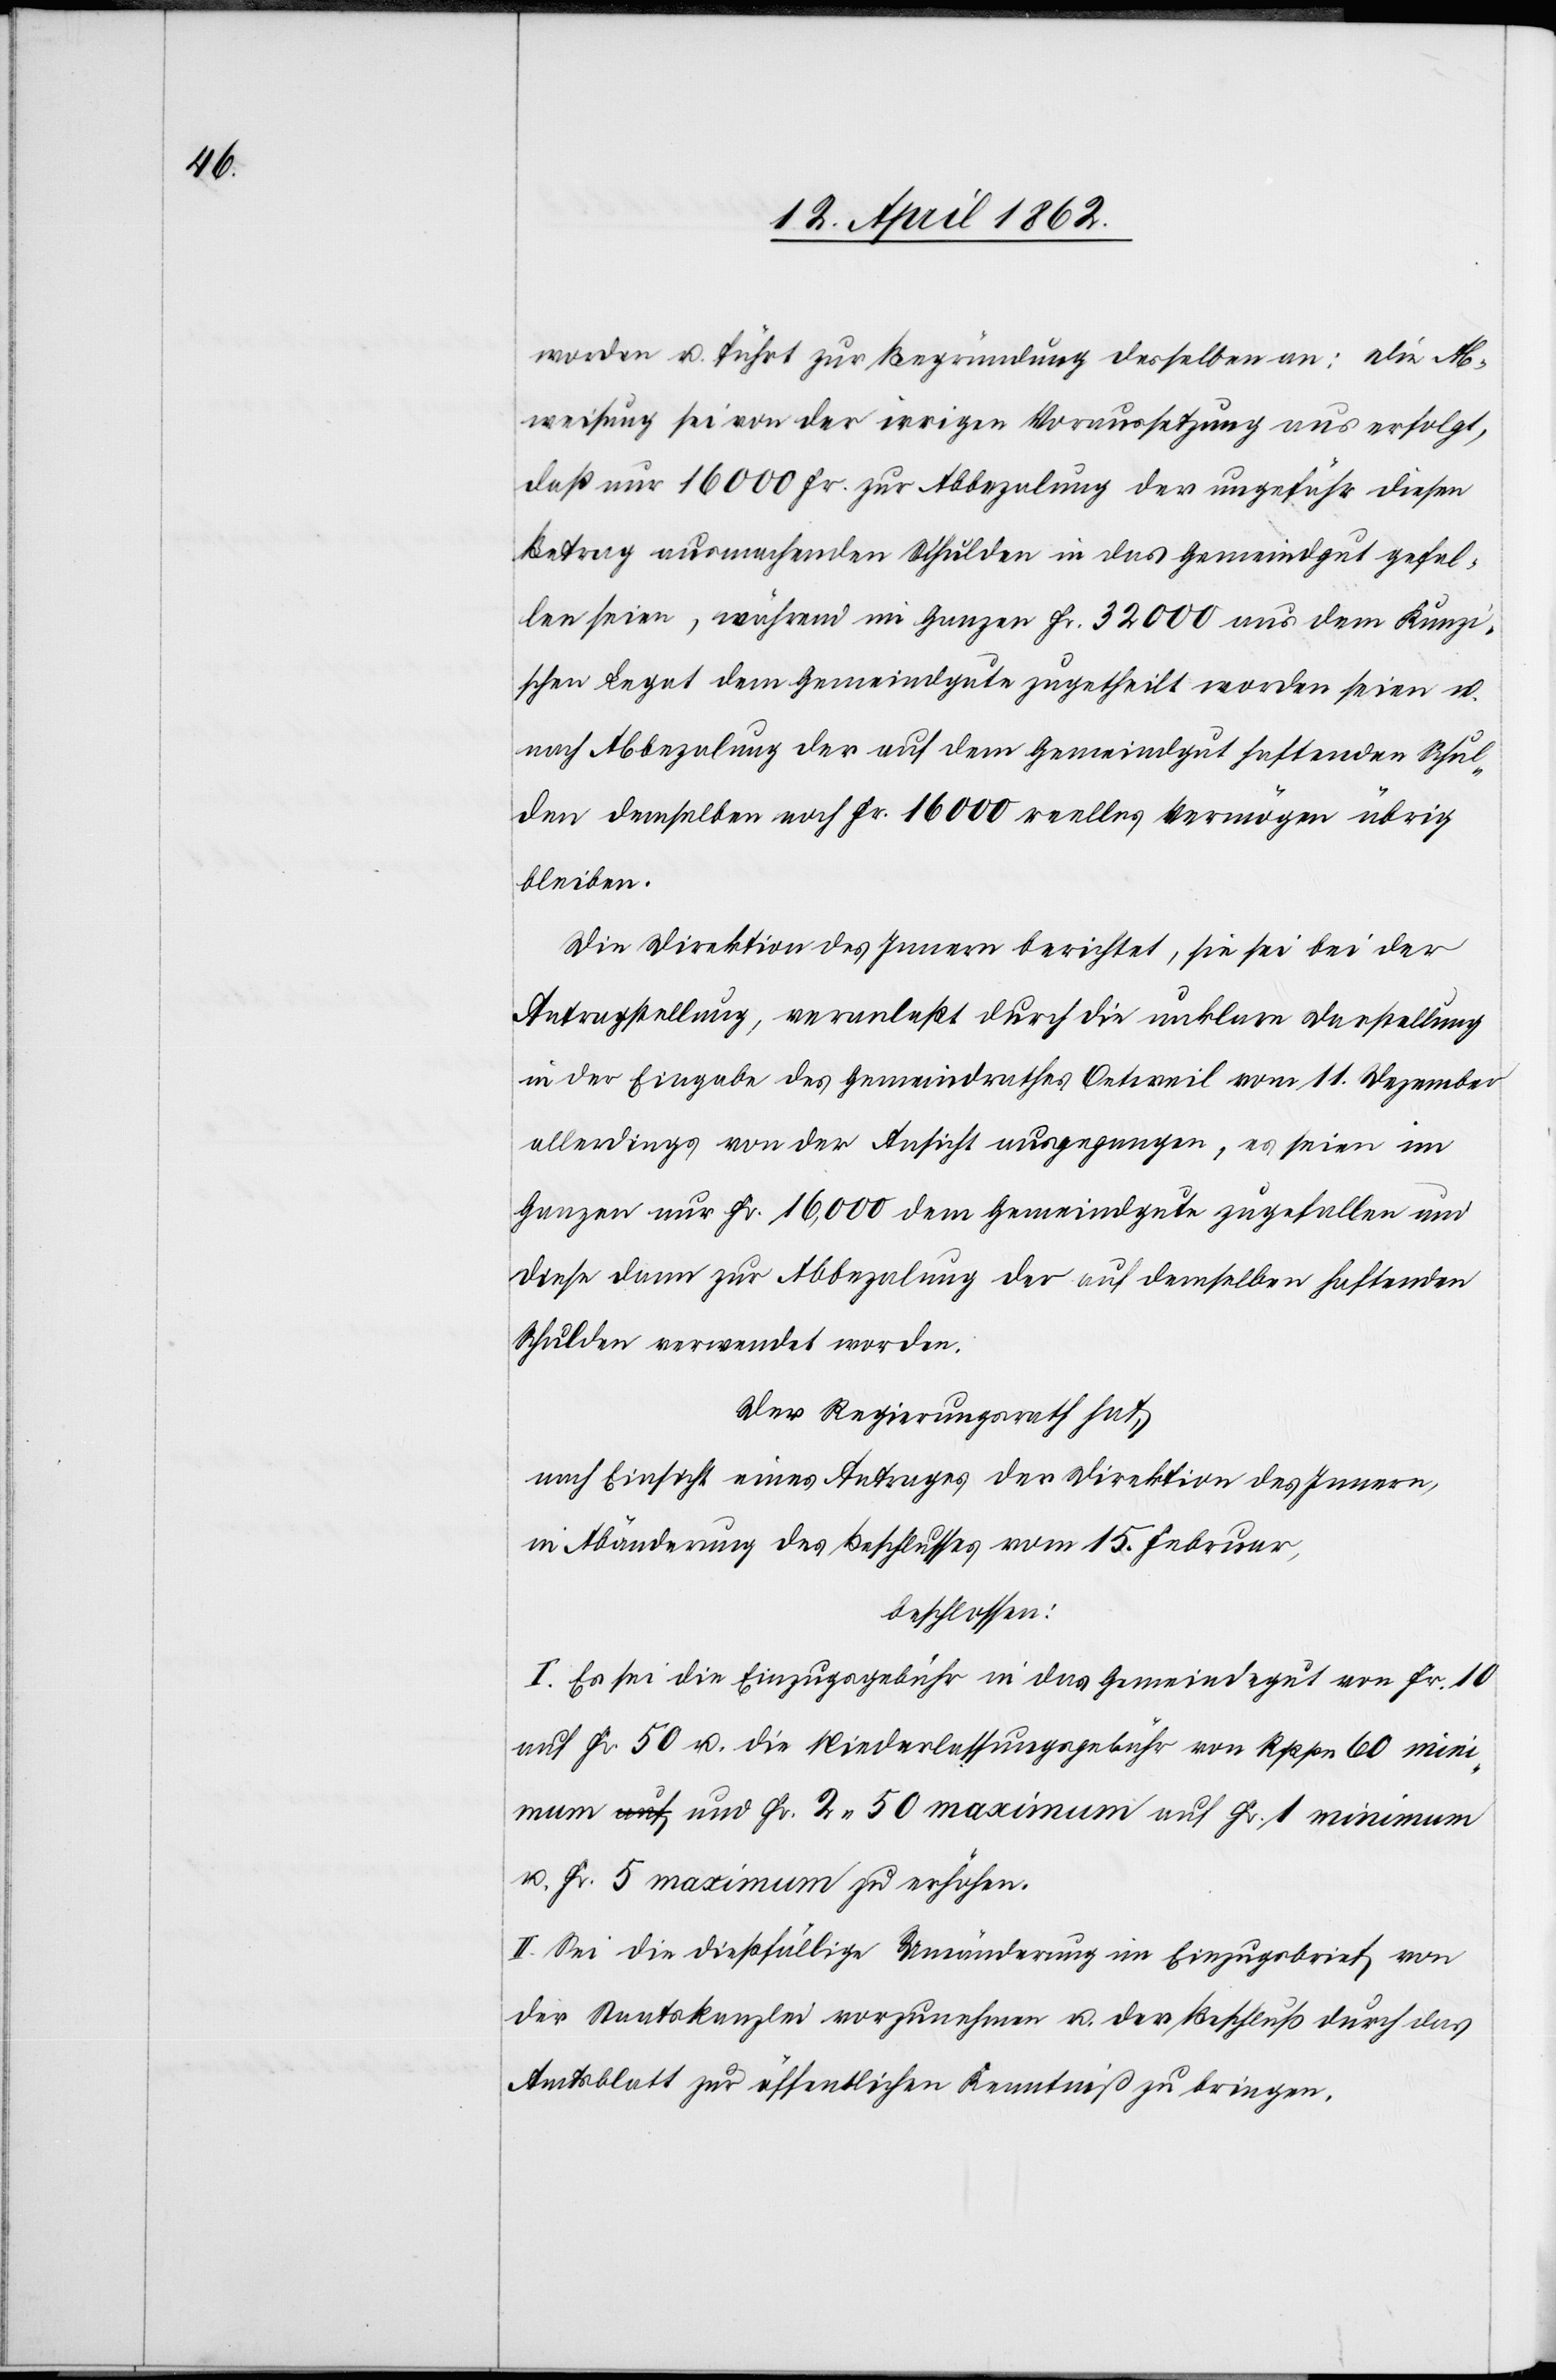
worden u. führt zur Begründung desselben an: Die Ab¬
weisung sei von der irrigen Voraussetzung aus erfolgt,
daß nur 16 000 Fr. zur Abbezalung der ungefähr diesen
Betrag ausmachenden Schulden in das Gemeindgut gefal¬
len seien, während im Ganzen Fr. 32 000 aus dem Kunzi¬
schen Legat dem Gemeindgute zugetheilt worden seien u.
nach Abbezalung der auf dem Gemeindgut haftenden Schul¬
den demselben noch Fr. 16 000 reelles Vermögen übrig
bleiben.
Die Direktion des Innern berichtet, sie sie bei der
Antragstellung, veranlaßt durch die unklare Darstellung
in der Eingabe des Gemeindrathes Oetweil vom 11. Dezember
allerdings von der Ansicht ausgegangen, es seien im
Ganzen Fr. 16,000 dem Gemeindgute zugefallen um
diese dann zur Abbezalung der auf demselben haftenden
Schulden verwendet worden.
Der Regierungsrath hat,
nach Einsicht eines Antrages der Direktion des Innern,
in Abänderung des Beschlusses vom 15. Februar,
beschlossen:
I. Es sei die Einzugsgebühr in das Gemeindegut von Fr. 10
auf Fr. 50 u. die Niederlassungsgebühr von Rppn. 60 mi¬
nimum und Fr.2. 50 maximum auf Fr. 1 minimum
u. Fr. 5 maximum zu erhöhen.
II. Sei die dießfällige Umänderung im Einzugsbrief von
der Staatskanzlei vorzunehmen u. der Beschluß durch das
Amtsblatt zur öffentlichen Kenntniß zu bringen.